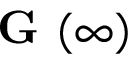
{ \textbf { G } } ( \infty )